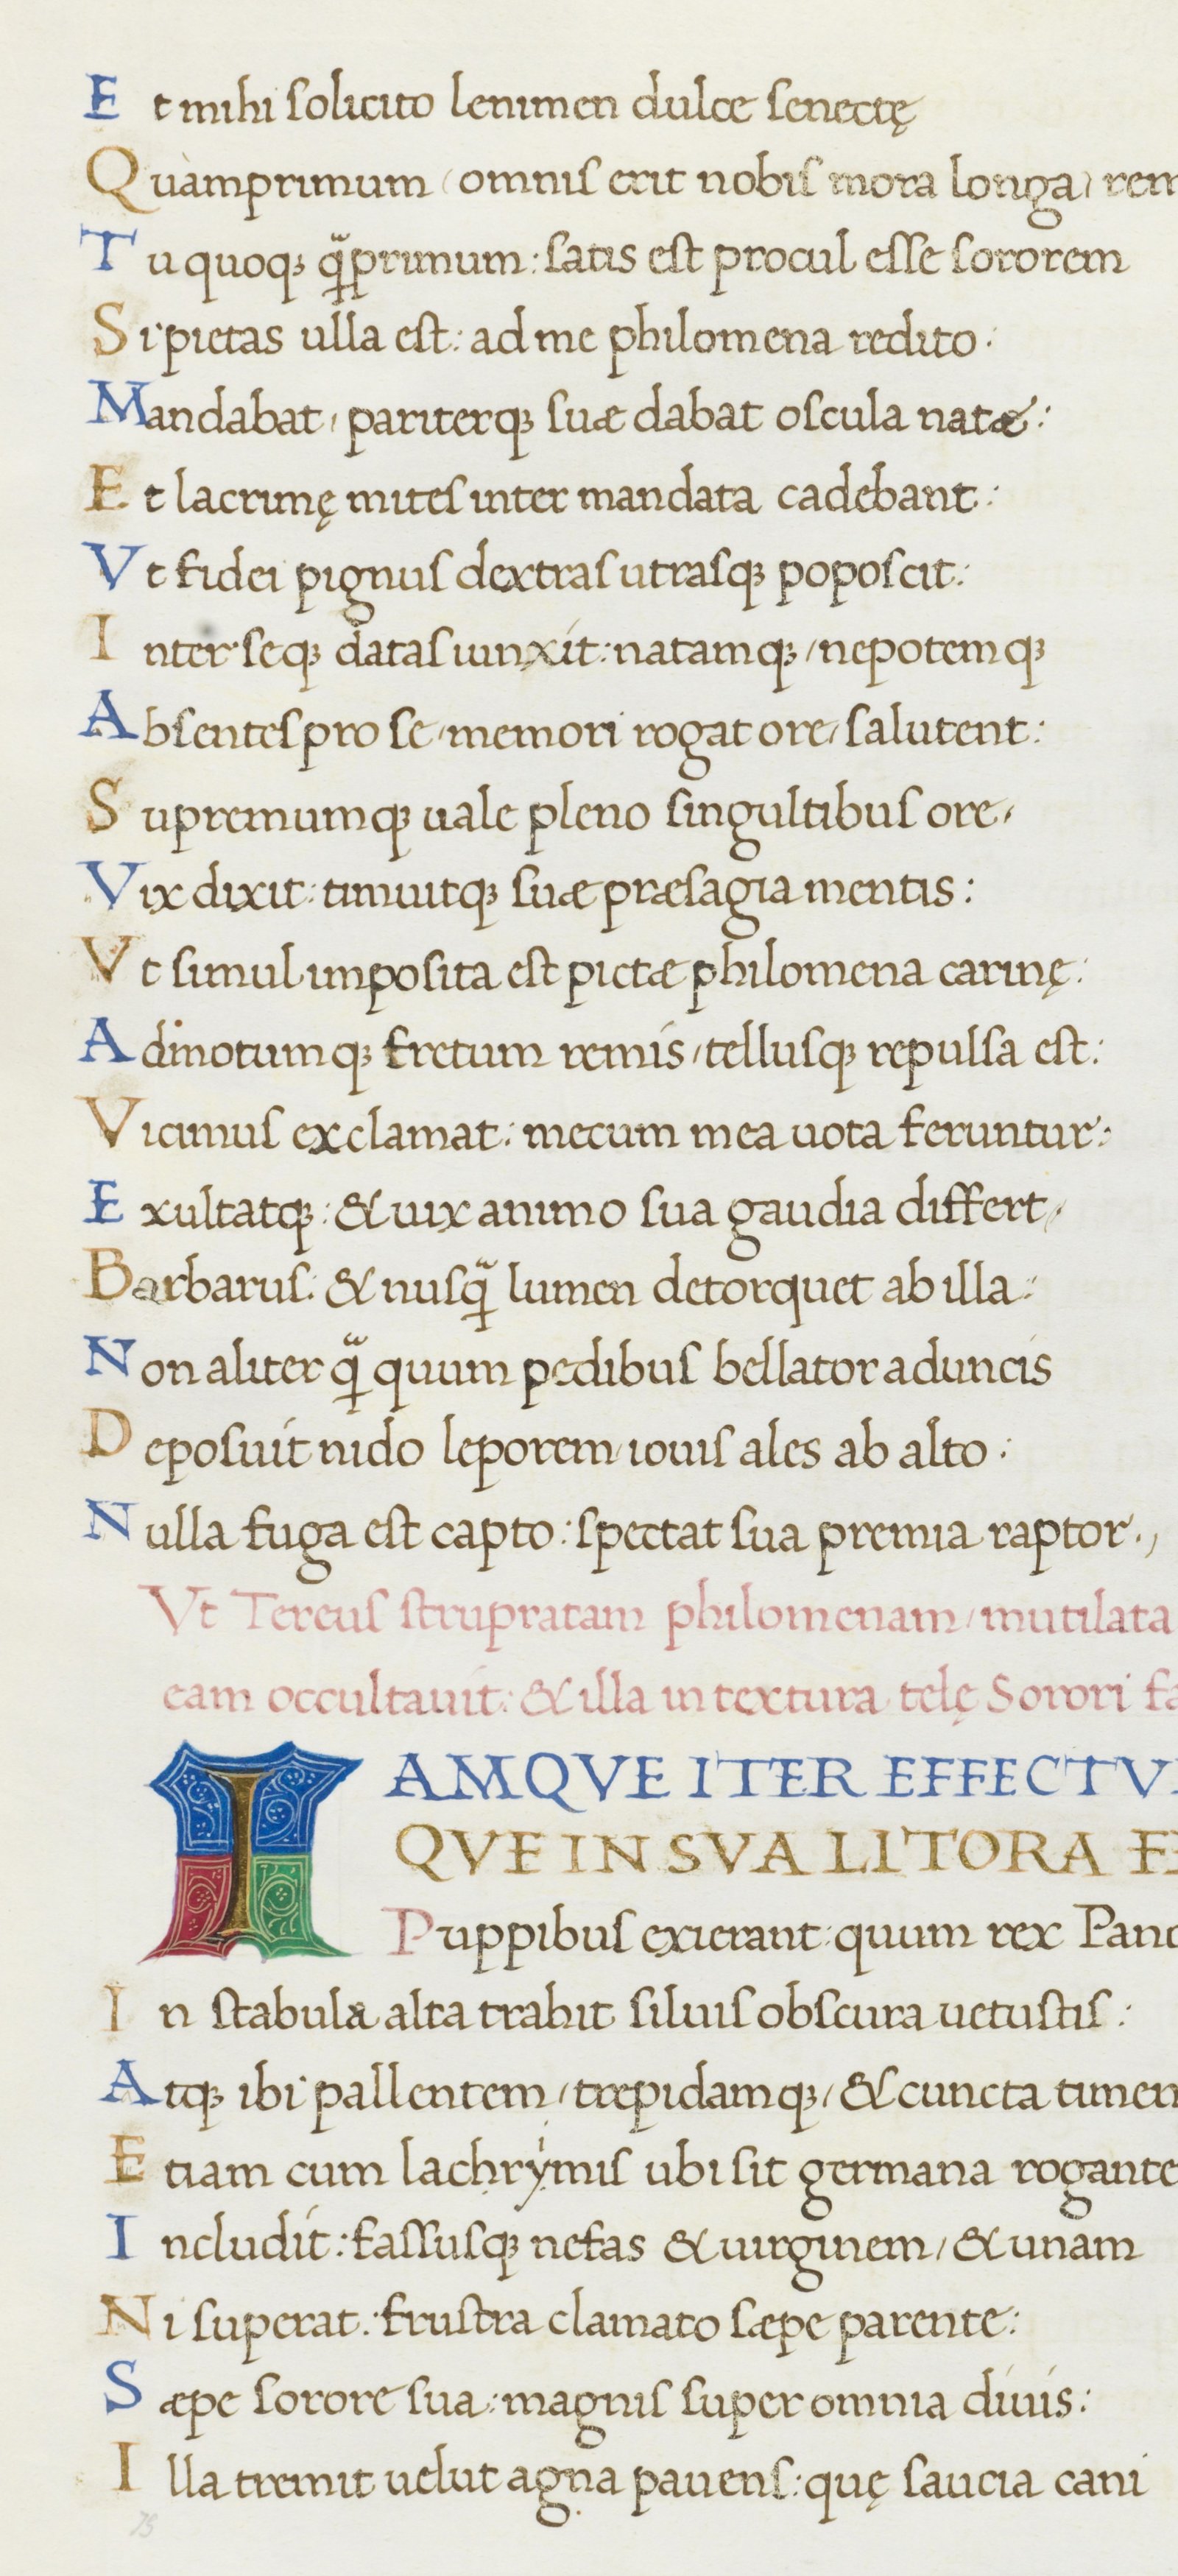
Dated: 1465–1495